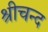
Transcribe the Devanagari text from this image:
श्रीचन्द